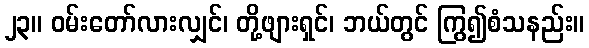
၂၃။ ဝမ်းတော်လားလျှင်၊ တို့ဖျားရှင်၊ ဘယ်တွင် ကြွ၍စံသနည်း။